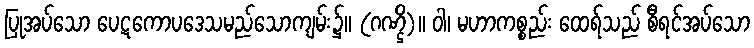
ပြုအပ်သော ပေဋကောပဒေသမည်သောကျမ်း၌။ (ဂဏ္ဌိ)။ ဝါ၊ မဟာကစ္စည်း ထေရ်သည် စီရင်အပ်သော